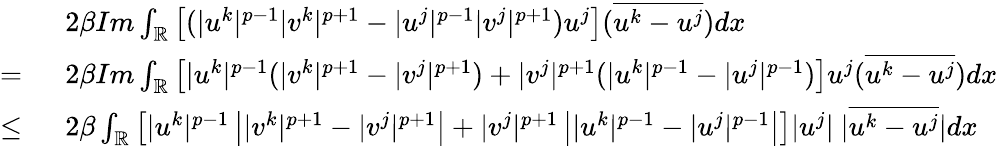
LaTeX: \begin{array}{rl}&{2\beta Im\int_{\mathbb{R}}\left[(|u^{k}|^{p-1}|v^{k}|^{p+1}-|u^{j}|^{p-1}|v^{j}|^{p+1})u^{j}\right](\overline{{u^{k}-u^{j}}})dx}\\ {=\ }&{2\beta Im\int_{\mathbb{R}}\left[|u^{k}|^{p-1}(|v^{k}|^{p+1}-|v^{j}|^{p+1})+|v^{j}|^{p+1}(|u^{k}|^{p-1}-|u^{j}|^{p-1})\right]u^{j}(\overline{{u^{k}-u^{j}}})dx}\\ {\leq\ }&{2\beta\int_{\mathbb{R}}\left[|u^{k}|^{p-1}\left||v^{k}|^{p+1}-|v^{j}|^{p+1}\right|+|v^{j}|^{p+1}\left||u^{k}|^{p-1}-|u^{j}|^{p-1}\right|\right]|u^{j}|\ |\overline{{u^{k}-u^{j}}}|dx}\end{array}